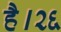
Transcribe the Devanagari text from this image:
है।२६